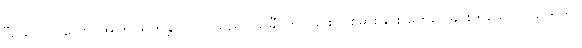
“ယော ပုဂ္ဂလော၊ အကြင်ရဟန္တာပုဂ္ဂိုလ်သည်။ သင်္ခံ၊ တပ်ခြင်း ပြစ်မှားခြင်း တွေဝေခြင်းဟူသော ပညတ်ကို။